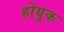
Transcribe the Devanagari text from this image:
होयुक